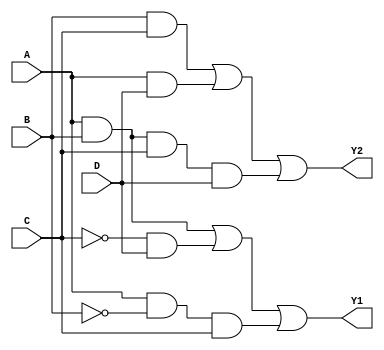
module JewelPAL (
    input wire A,      // Input A
    input wire B,      // Input B
    input wire C,      // Input C
    input wire D,      // Input D
    output wire Y1,    // Output Y1
    output wire Y2     // Output Y2
);

// Define internal signals for the outputs of programmable AND gates
wire and_out0, and_out1, and_out2, and_out3;

// Programmable AND Array
// Here you can customize the logic as needed based on your configuration
assign and_out0 = (A & B) | (~C & D);     // AND Gate 0
assign and_out1 = (A & ~B & C);            // AND Gate 1
assign and_out2 = (B & C) | (A & D);       // AND Gate 2
assign and_out3 = (A & B & C & D);         // AND Gate 3

// Fixed OR Array
// Combine the outputs of the AND gates to produce the final outputs
assign Y1 = and_out0 | and_out1;           // OR Gate for Y1
assign Y2 = and_out2 | and_out3;           // OR Gate for Y2

endmodule